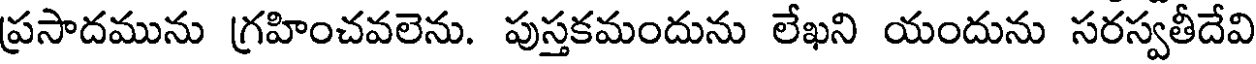
ప్రసాదమును గ్రహించవలెను. పుస్తకమందును లేఖని యందును సరస్వతీదేవి